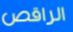
الراقص